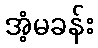
အံ့မခန်း